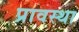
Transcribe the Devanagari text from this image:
प्रावस्‍था